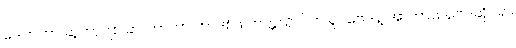
ဒေါက်တာ ဆူဘာဂျစ် ဆာကာဟာ ကာဒစ်ဖ် တက္ကသိုလ်က ရူပဗေဒနဲ့ အာကာသဗေဒဆိုင်ရာ